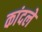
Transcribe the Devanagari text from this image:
कांदले